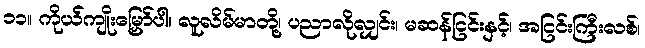
၁၁။ ကိုယ်ကျိုးမြှော်ပါ၊ လူလိမ်မာတို့၊ ပညာလိုလျှင်း၊ မဆန်ငြင်းနှင့်၊ အငြင်းကြီးလစ်၊